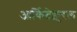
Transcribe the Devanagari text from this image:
आर्किटेक्चुरल